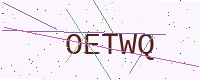
Text: OETWQ